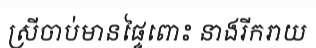
ស្រីចាប់មានផ្ទៃពោះ នាងរីករាយ